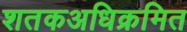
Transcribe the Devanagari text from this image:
शतकअधिक्रमित